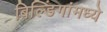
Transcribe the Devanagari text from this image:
बिल्डिंगांमध्ये